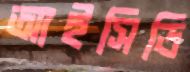
আইসিডি